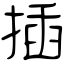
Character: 插